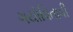
ગયોવિતાવી